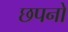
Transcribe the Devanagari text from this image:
छपनों